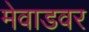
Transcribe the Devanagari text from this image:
मेवाडवर